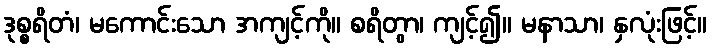
ဒုစ္စရိတံ၊ မကောင်းသော အကျင့်ကို။ စရိတွာ၊ ကျင့်၍။ မနာသာ၊ နှလုံးဖြင့်။